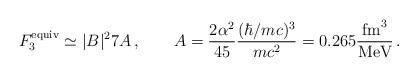
LaTeX: \begin{align*}F_3^{\rm equiv}\simeq \vert B\vert ^2 7 A\,,\qquad A=\frac{2\alpha^2}{45}\frac{(\hbar/mc)^3}{mc^{2}}=0.265 \frac{\mbox{fm}^3}{\mbox{MeV}}\,.\end{align*}